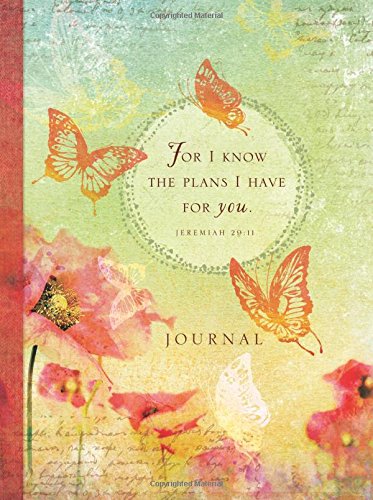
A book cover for For I Know the Plans; Ellie Claire; Self-Help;